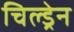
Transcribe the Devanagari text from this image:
चिल्‍ड्रेन